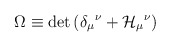
\begin{align*}{\Omega} \equiv \det{ \left( \delta_{\mu}{}^{\nu} + {\cal H}_{\mu}{}^{\nu}\right)}\end{align*}